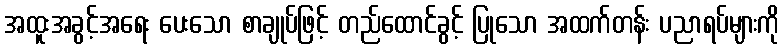
အထူးအခွင့်အရေး ပေးသော စာချုပ်ဖြင့် တည်ထောင်ခွင့် ပြုသော အထက်တန်း ပညာရပ်များကို